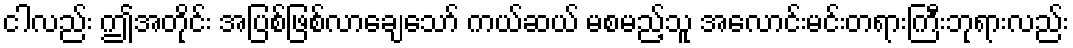
ငါလည်း ဤအတိုင်း အပြစ်ဖြစ်လာချေသော် ကယ်ဆယ် မစမည့်သူ အလောင်းမင်းတရားကြီးဘုရားလည်း